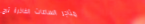
متاجر الساعات الفاخرة ترح